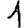
Digit: 1